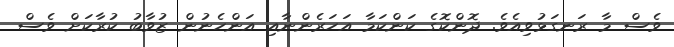
ވެސް މާ ރަނގަޅުވިއެވެ. ދޮންކޮގެ ކަންކަމާ އަހަރެންނާއި އަންހެނުން ޒުވާބު ކުރާކަށް ވެސް